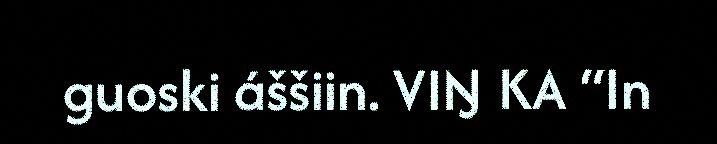
guoski áššiin. VIŊ KA “In